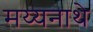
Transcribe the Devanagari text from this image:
मय्यनाथे